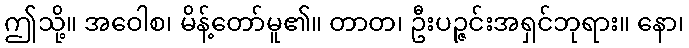
ဤသို့။ အဝေါစ၊ မိန့်တော်မူ၏။ တာတ၊ ဦးပဉ္ဇင်းအရှင်ဘုရား။ နော၊